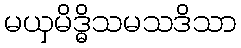
မယှမိဒ္ဓိသမသဒိသာ